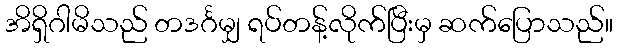
အိရှိဂါမိသည် တဒင်္ဂမျှ ရပ်တန့်လိုက်ပြီးမှ ဆက်ပြောသည်။